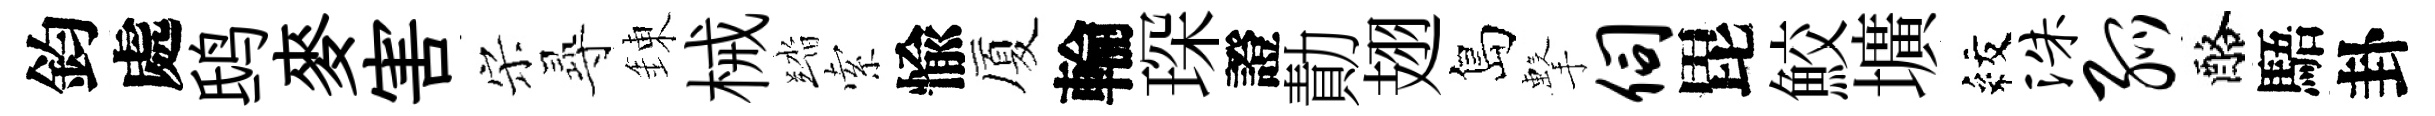
鈞處鸱麥害宋𡬶錬械踏索愉厦輪琛證勣翅島擊伺毘鮫壙紋洙弧酪䮏卦